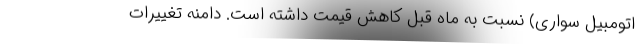
اتومبیل سواری) نسبت به ماه قبل کاهش قیمت داشته است. دامنه تغییرات